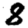
Digit: 8